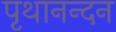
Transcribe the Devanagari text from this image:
पृथानन्दन